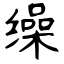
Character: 缲